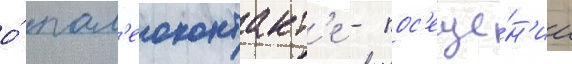
о́ пал'еоконтакт'е - пос'еще́н'ии